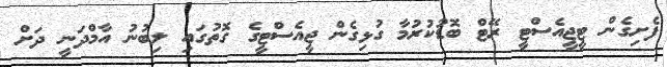
ފެށިގެން ޓީޖީއެސްޓީ ރޭޓް ބޮޑުކުރުމާ ގުޅިގެން ޖީއެސްޓީގެ ގޮތުގައި ލިބުނު އާމްދަނީ ދަށް